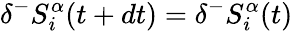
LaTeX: \delta^{-}S_{i}^{\alpha}(t+dt)=\delta^{-}S_{i}^{\alpha}(t)